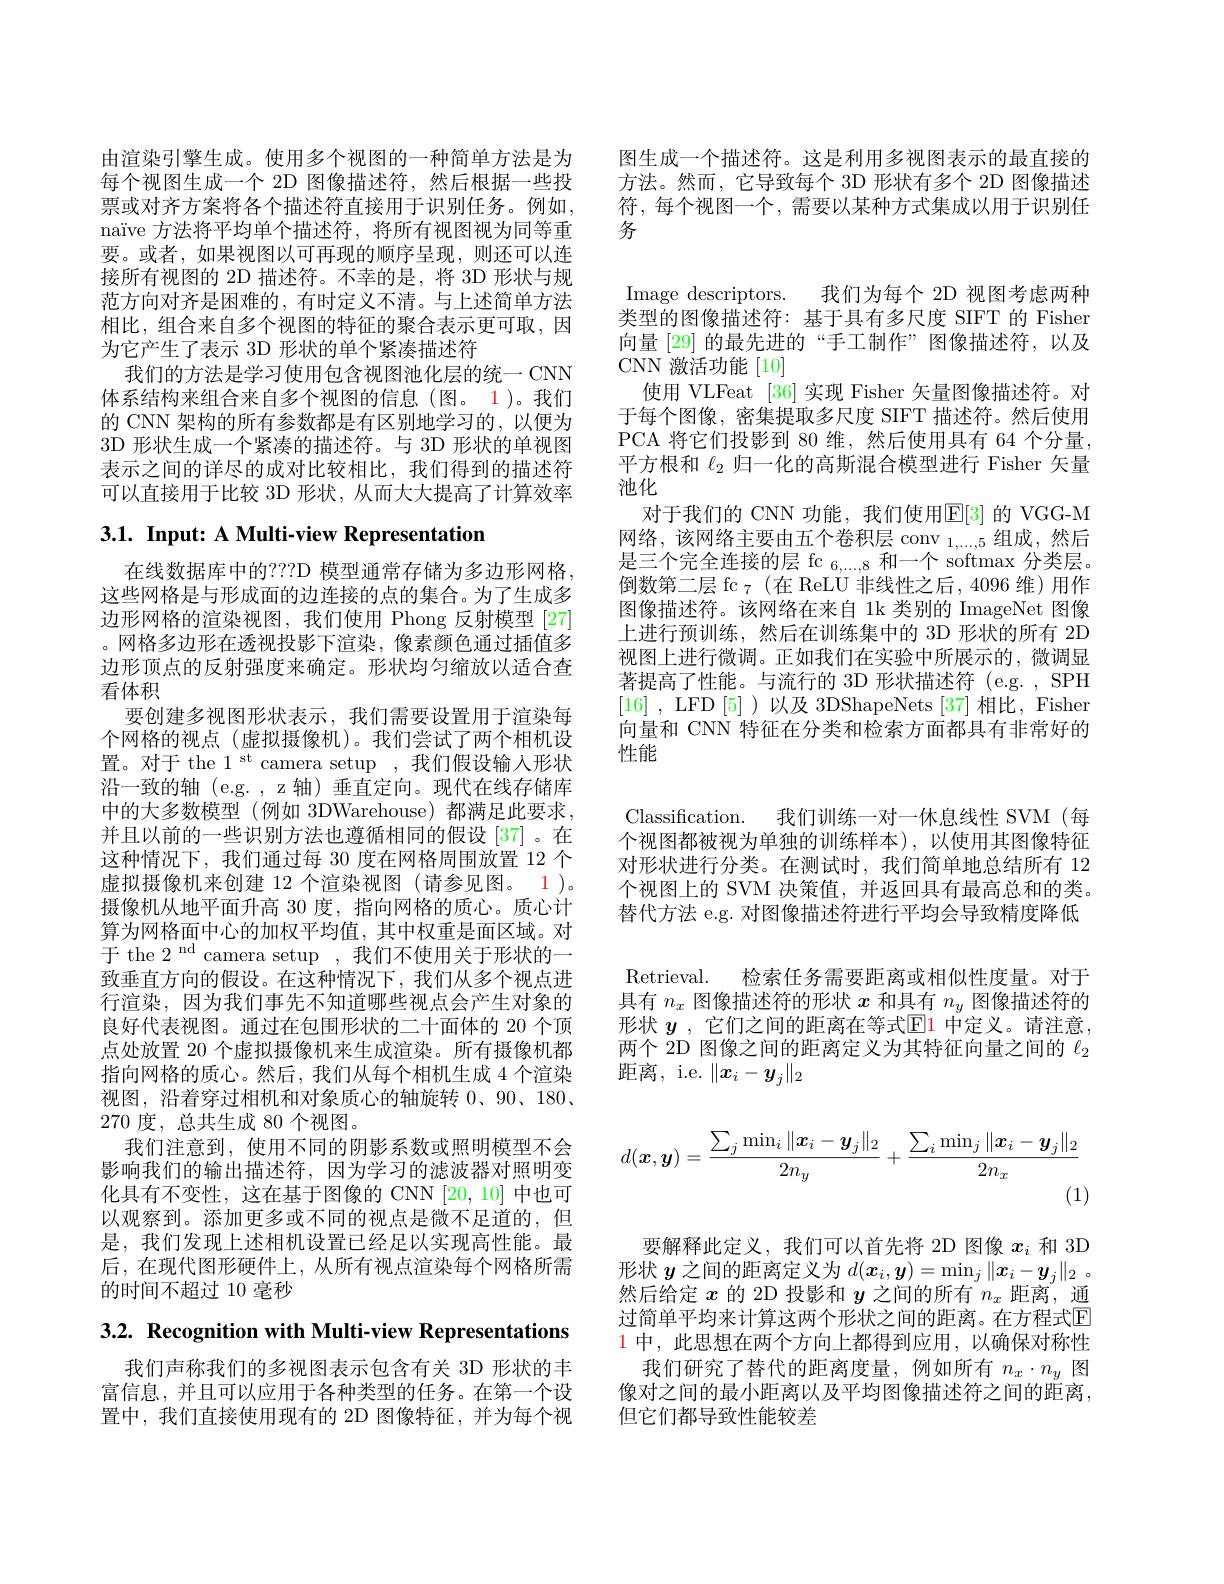
由渲染引擎生成。使用多个视图的一种简单方法是为每个视图生成一个 2D 图像描述符，然后根据一些投票或对齐方案将各个描述符直接用于识别任务。例如， naïve 方法将平均单个描述符，将所有视图视为同等重要。或者，如果视图以可再现的顺序呈现，则还可以连接所有视图的 2D 描述符。不幸的是，将 3D 形状与规范方向对齐是困难的，有时定义不清。与上述简单方法相比，组合来自多个视图的特征的聚合表示更可取，因为它产生了表示 3D 形状的单个紧凑描述符
我们的方法是学习使用包含视图池化层的统一 CNN 体系结构来组合来自多个视图的信息(图。1)。我们的 CNN 架构的所有参数都是有区别地学习的，以便为3D 形状生成一个紧凑的描述符。与 3D 形状的单视图表示之间的详尽的成对比较相比，我们得到的描述符可以直接用于比较 3D 形状，从而大大提高了计算效率

# 3.1. Input: A Multi-view Representation

在线数据库中的？?D 模型通常存储为多边形网格， 这些网格是与形成面的边连接的点的集合。为了生成多边形网格的渲染视图，我们使用 Phong 反射模型 [27] 。网格多边形在透视投影下渲染，像素颜色通过插值多边形顶点的反射强度来确定。形状均匀缩放以适合查看体积
要创建多视图形状表示，我们需要设置用于渲染每个网格的视点 (虚拟摄像机)。我们尝试了两个相机设置。对于 the 1 st camera setup ,我们假设输人形状沿一致的轴(e.g.,z轴)垂直定向。现代在线存储库中的大多数模型(例如 3DWarehouse)都满足此要求， 并且以前的一些识别方法也遵循相同的假设[37]。在这种情况下，我们通过每 30 度在网格周围放置 12 个虚拟摄像机来创建 12 个渲染视图 (请参见图。1)。摄像机从地平面升高 30 度，指向网格的质心。质心计算为网格面中心的加权平均值，其中权重是面区域。对于 the 2 nd camera setup ,我们不使用关于形状的一致垂直方向的假设。在这种情况下，我们从多个视点进行渲染，因为我们事先不知道哪些视点会产生对象的良好代表视图。通过在包围形状的二十面体的 20 个顶点处放置 20 个虚拟摄像机来生成渲染。所有摄像机都指向网格的质心。然后，我们从每个相机生成 4 个渲染视图，沿着穿过相机和对象质心的轴旋转 0、90、180、 270度，总共生成 80 个视图。
我们注意到，使用不同的阴影系数或照明模型不会影响我们的输出描述符，因为学习的滤波器对照明变化具有不变性，这在基于图像的 CNN [20,10] 中也可以观察到。添加更多或不同的视点是微不足道的，但是，我们发现上述相机设置已经足以实现高性能。最后，在现代图形硬件上，从所有视点渲染每个网格所需的时间不超过 10 毫秒

3.2. Recognition with Multi-view Representations

我们声称我们的多视图表示包含有关 3D 形状的丰富信息，并且可以应用于各种类型的任务。在第一个设置中，我们直接使用现有的 2D 图像特征，并为每个视

图生成一个描述符。这是利用多视图表示的最直接的方法。然而，它导致每个 3D 形状有多个 2D 图像描述符，每个视图一个，需要以某种方式集成以用于识别任务

Image descriptors. 我们为每个 2D 视图考虑两种类型的图像描述符：基于具有多尺度 SIFT 的 Fisher 向量 [29] 的最先进的“手工制作”图像描述符，以及CNN 激活功能[10]
使用 VLFeat [36]实现 Fisher 矢量图像描述符。对于每个图像，密集提取多尺度 SIFT 描述符。然后使用PCA 将它们投影到 80 维，然后使用具有 64 个分量， 平方根和$\ell_{2}$归一化的高斯混合模型进行 Fisher 矢量池化
对于我们的 CNN 功能，我们使用$\mathbb{E}[3]$ 的 VGG-M 网络，该网络主要由五个卷积层 conv $_{1,\ldots,5}$组成，然后是三个完全连接的层 fc $_6,...,8$和一个 softmax 分类层。倒数第二层 fc $_7$(在 ReLU 非线性之后，4096 维)用作图像描述符。该网络在来自 1k 类别的 ImageNet 图像上进行预训练，然后在训练集中的 3D 形状的所有 2D 视图上进行微调。正如我们在实验中所展示的，微调显著提高了性能。与流行的 3D 形状描述符 (e.g. , SPH [16] , LFD [5] )以及 3DShapeNets [37]相比，Fisher 向量和 CNN 特征在分类和检索方面都具有非常好的性能

Classification. 我们训练一对一休息线性 SVM (每个视图都被视为单独的训练样本),以使用其图像特征对形状进行分类。在测试时，我们简单地总结所有 12个视图上的 SVM 决策值，并返回具有最高总和的类。替代方法 e.g. 对图像描述符进行平均会导致精度降低Retrieval. 检索任务需要距离或相似性度量。对于具有$n_x$图像描述符的形状$x$和具有$n_y$图像描述符的形状 $y$ ,它们之间的距离在等式$\mathbb{E}$1 中定义。请注意， 两个 2D 图像之间的距离定义为其特征向量之间的$\ell_{2}$ 距离，i.e. $\|\boldsymbol{x}_i-\boldsymbol{y}_j\|_2$
$$d(\boldsymbol{x},\boldsymbol{y})=\frac{\sum_j\min_i\|\boldsymbol{x}_i-\boldsymbol{y}_j\|_2}{2n_y}+\frac{\sum_i\min_j\|\boldsymbol{x}_i-\boldsymbol{y}_j\|_2}{2n_x}$$
(1)

要解释此定义，我们可以首先将 2D 图像$x_i$和 3D 形状$y$之间的距离定义为$d(\boldsymbol x_i,\boldsymbol y)=\min_j\|\boldsymbol{x}_i-\boldsymbol{y}_j\|_2$ 。然后给定$x$的 2D 投影和$y$之间的所有$n_x$距离，通过简单平均来计算这两个形状之间的距离。在方程式$\overline{\mathrm{E}}$ $\color{red}{1\text{ 中，此思想在两个方向上都得到应用，以确保对称性}}$
我们研究了替代的距离度量，例如所有$n_x\cdot n_y$图像对之间的最小距离以及平均图像描述符之间的距离， 但它们都导致性能较差